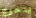
يتخرج